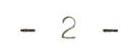
- 2 -